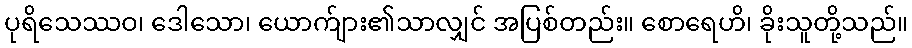
ပုရိသေဿဝ၊ ဒေါသော၊ ယောက်ျား၏သာလျှင် အပြစ်တည်း။ စောရေဟိ၊ ခိုးသူတို့သည်။